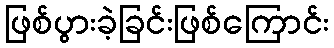
ဖြစ်ပွားခဲ့ခြင်းဖြစ်ကြောင်း